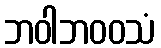
ဘဝါဘဝဝသံ